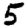
Digit: 5